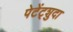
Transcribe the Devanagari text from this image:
पेटेंट्शुदा